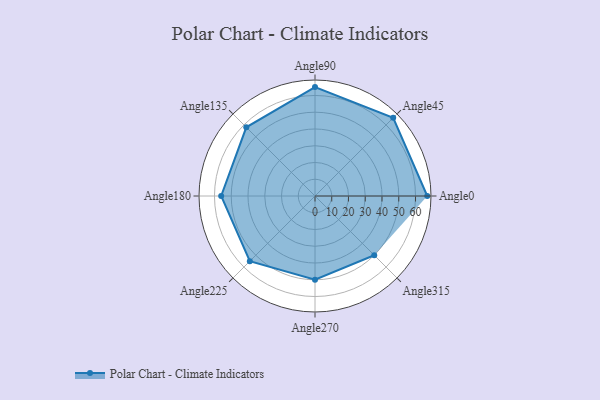
{"axis": {"x": "Angle", "y": "Radius"}, "legend": [""], "data": [{"x": "Angle0", "y": 67.0, "type": ""}, {"x": "Angle45", "y": 66.0, "type": ""}, {"x": "Angle90", "y": 65.0, "type": ""}, {"x": "Angle135", "y": 58.0, "type": ""}, {"x": "Angle180", "y": 56.0, "type": ""}, {"x": "Angle225", "y": 55.0, "type": ""}, {"x": "Angle270", "y": 50.0, "type": ""}, {"x": "Angle315", "y": 50, "type": ""}]}